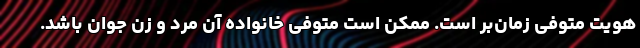
هویت متوفی زمان‌بر است. ممکن است متوفی خانواده آن مرد و زن جوان باشد.